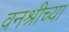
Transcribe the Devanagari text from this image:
वनश्रीच्या